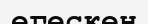
егескен